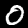
Digit: 0